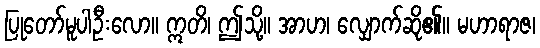
ပြုတော်မူပါဦးလော။ ဣတိ၊ ဤသို့။ အာဟ၊ လျှောက်ဆို၏။ မဟာရာဇ၊